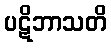
ပဋိဘာသတိ